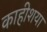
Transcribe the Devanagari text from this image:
काहीशया